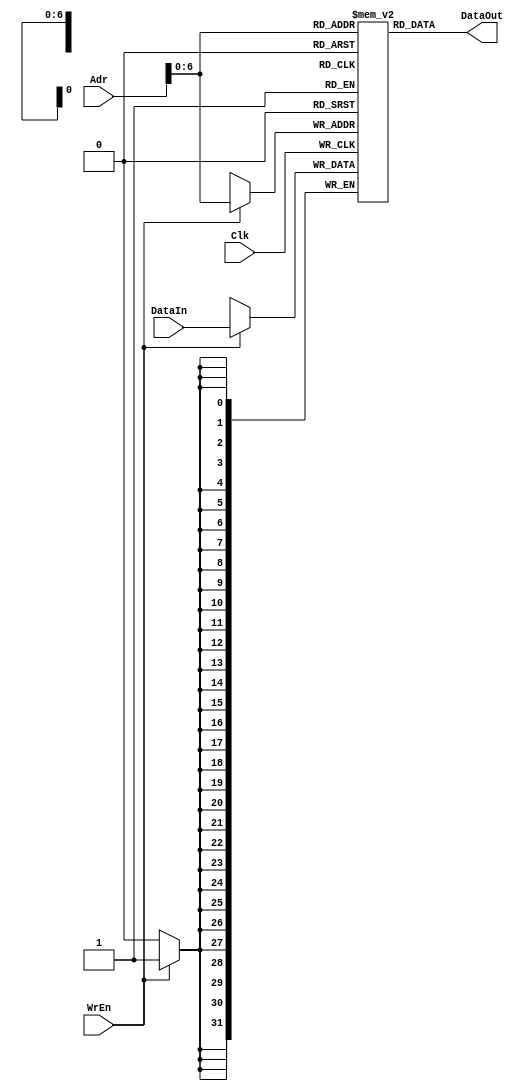
module memorys(DataIn,WrEn,Adr,DataOut,Clk);
  input [31:0]DataIn;
  input [31:0]Adr;
  input WrEn;
  input Clk;
  output [31:0]DataOut;

  reg [31:0]data[127:0];
  wire [31:0]DataOut;
  
  always@(negedge Clk)
  begin
    if(WrEn)
      begin
        data[Adr] = DataIn;
      end
  end

  assign DataOut=data[Adr];

endmodule